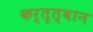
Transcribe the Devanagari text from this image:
कर्तृत्वान